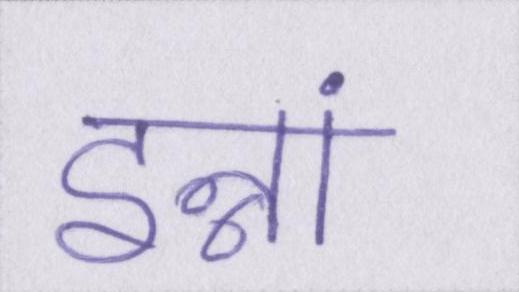
इन्नां